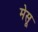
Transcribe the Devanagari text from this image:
मेसू